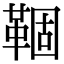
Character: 𬰦